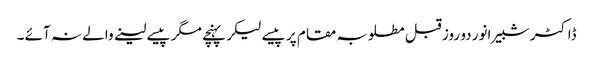
ڈاکٹر شبیر انور دو روز قبل مطلوبہ مقام پر پیسے لیکر پہنچے مگر پیسے لینے والے نہ آئے ۔